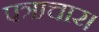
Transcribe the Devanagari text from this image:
पत्राचार।